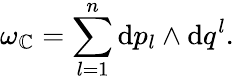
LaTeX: \omega_{\cal\mathbb{C}}=\sum_{l=1}^{n}\mathrm{{d}}p_{l}\wedge\mathrm{{d}}q^{l}.